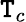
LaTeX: \mathtt{T}_{c}